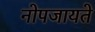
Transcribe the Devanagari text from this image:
नोपजायते